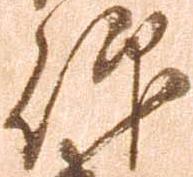
仰